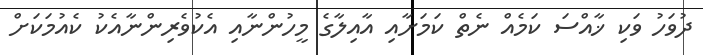
ދުވަހު ވަކި ޚާއްސަ ކަމެއް ނެތް ކަމަށާއި އާއިލާގެ މީހުންނާއި އެކުވެރިންނާއެކު ކެއުމަކަށް